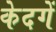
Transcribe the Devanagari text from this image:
केदगें